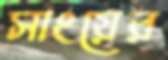
সাংয়ের